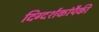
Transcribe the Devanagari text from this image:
दिग्दर्शकांपैकी